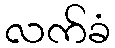
လက်ခံ